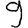
Digit: 9